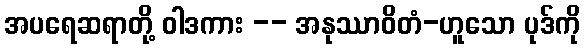
အပရေဆရာတို့ ဝါဒကား -- အနုဿာဝိတံ-ဟူသော ပုဒ်ကို